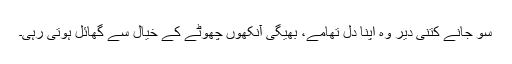
سو جانے کتنی دیر وہ اپنا دل تھامے، بھیگی آنکھوں چھوٹے کے خیال سے گھائل ہوتی رہی۔